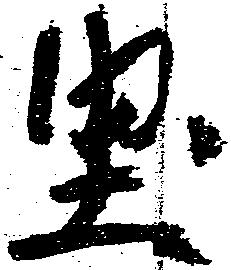
堅